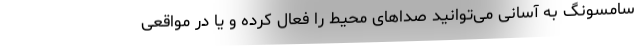
سامسونگ به آسانی می‌توانید صداهای محیط را فعال کرده و یا در مواقعی